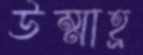
উম্মাহ্র